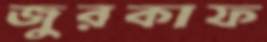
জুরকাফ